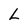
Character: L